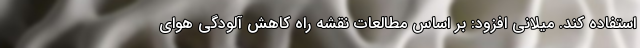
استفاده کند. میلانی افزود: بر اساس مطالعات نقشه راه کاهش آلودگی هوای